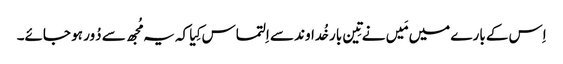
اِس کے بارے میں مَیں نے تِین بار خُداوند سے اِلتماس کِیا کہ یہ مُجھ سے دُور ہو جائے۔